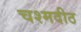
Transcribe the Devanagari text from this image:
चश्मदीठ